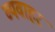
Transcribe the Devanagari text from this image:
व्यवाहर